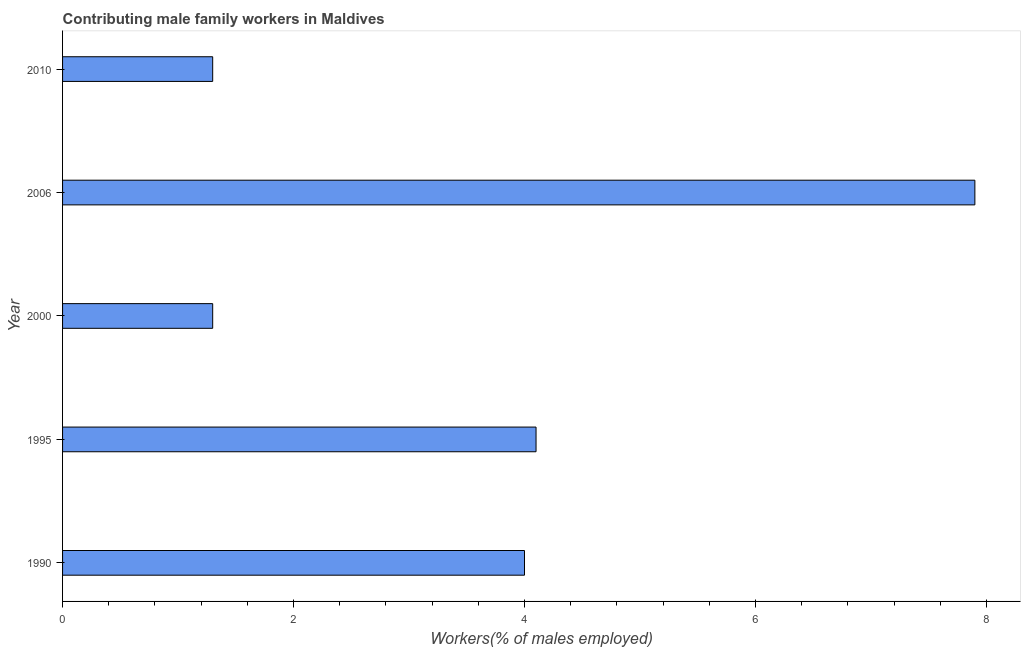
| Year | Contributing family workers |
 | --- | --- |
 | 1990 | 4 |
 | 1995 | 4.1 |
 | 2000 | 1.3 |
 | 2006 | 7.9 |
 | 2010 | 1.3 |